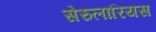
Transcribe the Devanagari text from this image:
सेरुलारियस